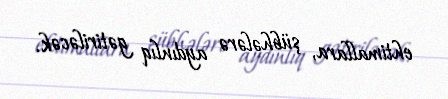
ehtimallara, şübhələrə aydınlıq gətiriləcək.